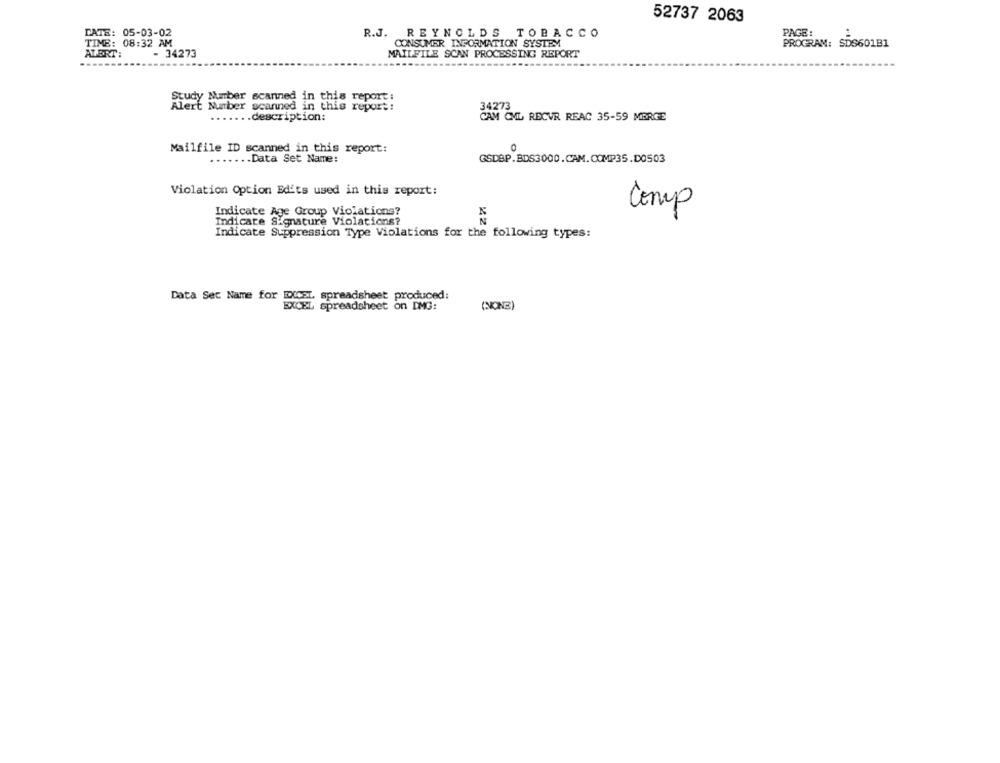
52737 2063
DATE: 05-03-02
R.J. REYNOLDS TOBACCO
PAGE :
TIME: 08:32 AM
CONSUMER INFORMATION SYSTEM
PROGRAM: SDS601B1
ATBRT:
- 34273
MAILFILE SCAN PROCESSING REPORT
Study Number scanned in this report:
Alert Number scanned in this report:
....... description:
CAM CML RECVR REAC 35-59 MERGE
Mailfile ID scanned in this report:
....
... Data Set Name:
GSDBP.BDS3000.CAM.COMP35.DO503
Violation Option Edits used in this report:
Comp
Indicate Age Group Violations?
Indicare Signature Violations?
N
Indicate Suppression Type Violations for the following types:
Data Set Name for EXCEL spreadsheet produced:
(NONE)
EXCEL spreadsheet on DMG: